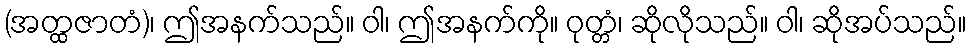
(အတ္ထဇာတံ)၊ ဤအနက်သည်။ ဝါ၊ ဤအနက်ကို။ ဝုတ္တံ၊ ဆိုလိုသည်။ ဝါ၊ ဆိုအပ်သည်။